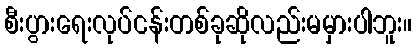
စီးပွားရေးလုပ်ငန်းတစ်ခုဆိုလည်းမမှားပါဘူး။